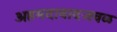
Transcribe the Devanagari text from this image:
अहमदाबादजवळ